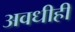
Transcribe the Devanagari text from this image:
अवधीही